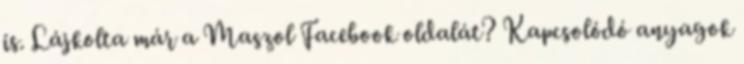
is. Lájkolta már a Maszol Facebook oldalát? Kapcsolódó anyagok